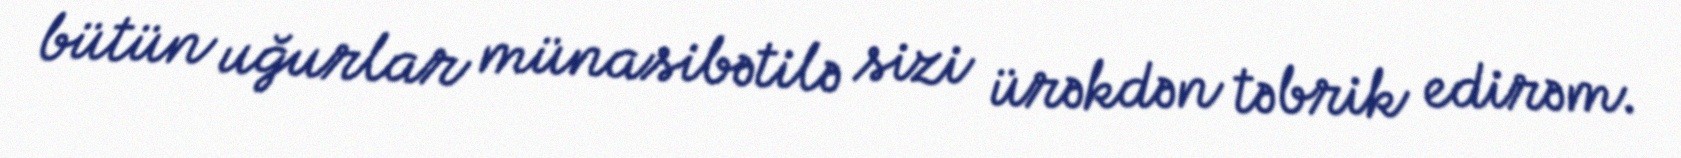
bütün uğurlar münasibətilə sizi ürəkdən təbrik edirəm.